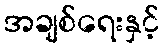
အချစ်ရေးနှင့်